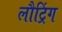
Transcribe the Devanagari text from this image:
लौट्रिंग